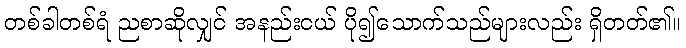
တစ်ခါတစ်ရံ ညစာဆိုလျှင် အနည်းငယ် ပို၍သောက်သည်များလည်း ရှိတတ်၏။